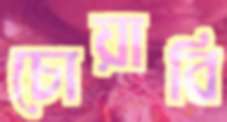
চোয়াবি